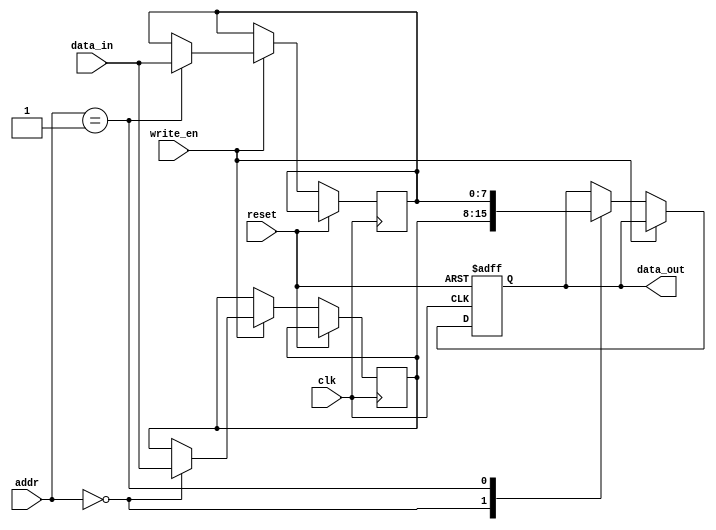
module MemoryShadowRegisterFile (
  input wire clk,
  input wire reset,
  input wire [7:0] addr,
  input wire [7:0] data_in,
  input wire write_en,
  output reg [7:0] data_out
);

// Parameter for defining address space of memory blocks
parameter MEM_BLOCK_SIZE = 256;

// Declare memory block instances
reg [7:0] mem_block1 [MEM_BLOCK_SIZE - 1:0];
reg [7:0] mem_block2 [MEM_BLOCK_SIZE - 1:0];

// Control logic for managing data flow
always @(posedge clk or posedge reset)
begin
  if (reset)
    data_out <= 8'b0;
  else if (write_en)
  begin
    case (addr)
      8'h00: mem_block1[addr] <= data_in;
      8'h01: mem_block2[addr] <= data_in;
      // Add more cases for additional memory blocks as needed
    endcase
  end
  else
  begin
    case (addr)
      8'h00: data_out <= mem_block1[addr];
      8'h01: data_out <= mem_block2[addr];
      // Add more cases for additional memory blocks as needed
    endcase
  end
end

endmodule